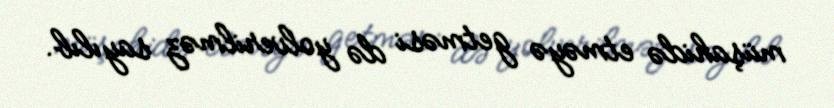
müşahidə etməyə getməsi də yolverilməz sayılıb.